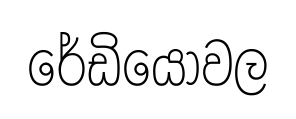
රේඩියෝවල